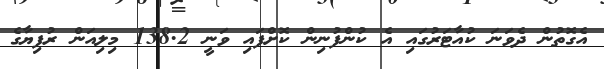
އެގޮތުން ދެވަނަ ކުއާޓަރުގައި އެ ކުންފުނިން ކޮށްފައި ވަނީ 138.2 މިލިއަން ރުފިޔާގެ